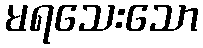
မရသေးသော